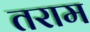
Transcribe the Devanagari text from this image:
तराम